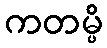
ကတမ္ပိ